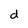
Character: d